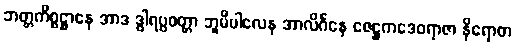
ဘတ္တကိစ္စဋ္ဌာနေ အာဒ ဒွါရပ္ပဝတ္တာ ဘူမိပါလေန အာလိင်္ဂနေ ဇေဋ္ဌကဒေဝရာဇာ နိရောဓာ